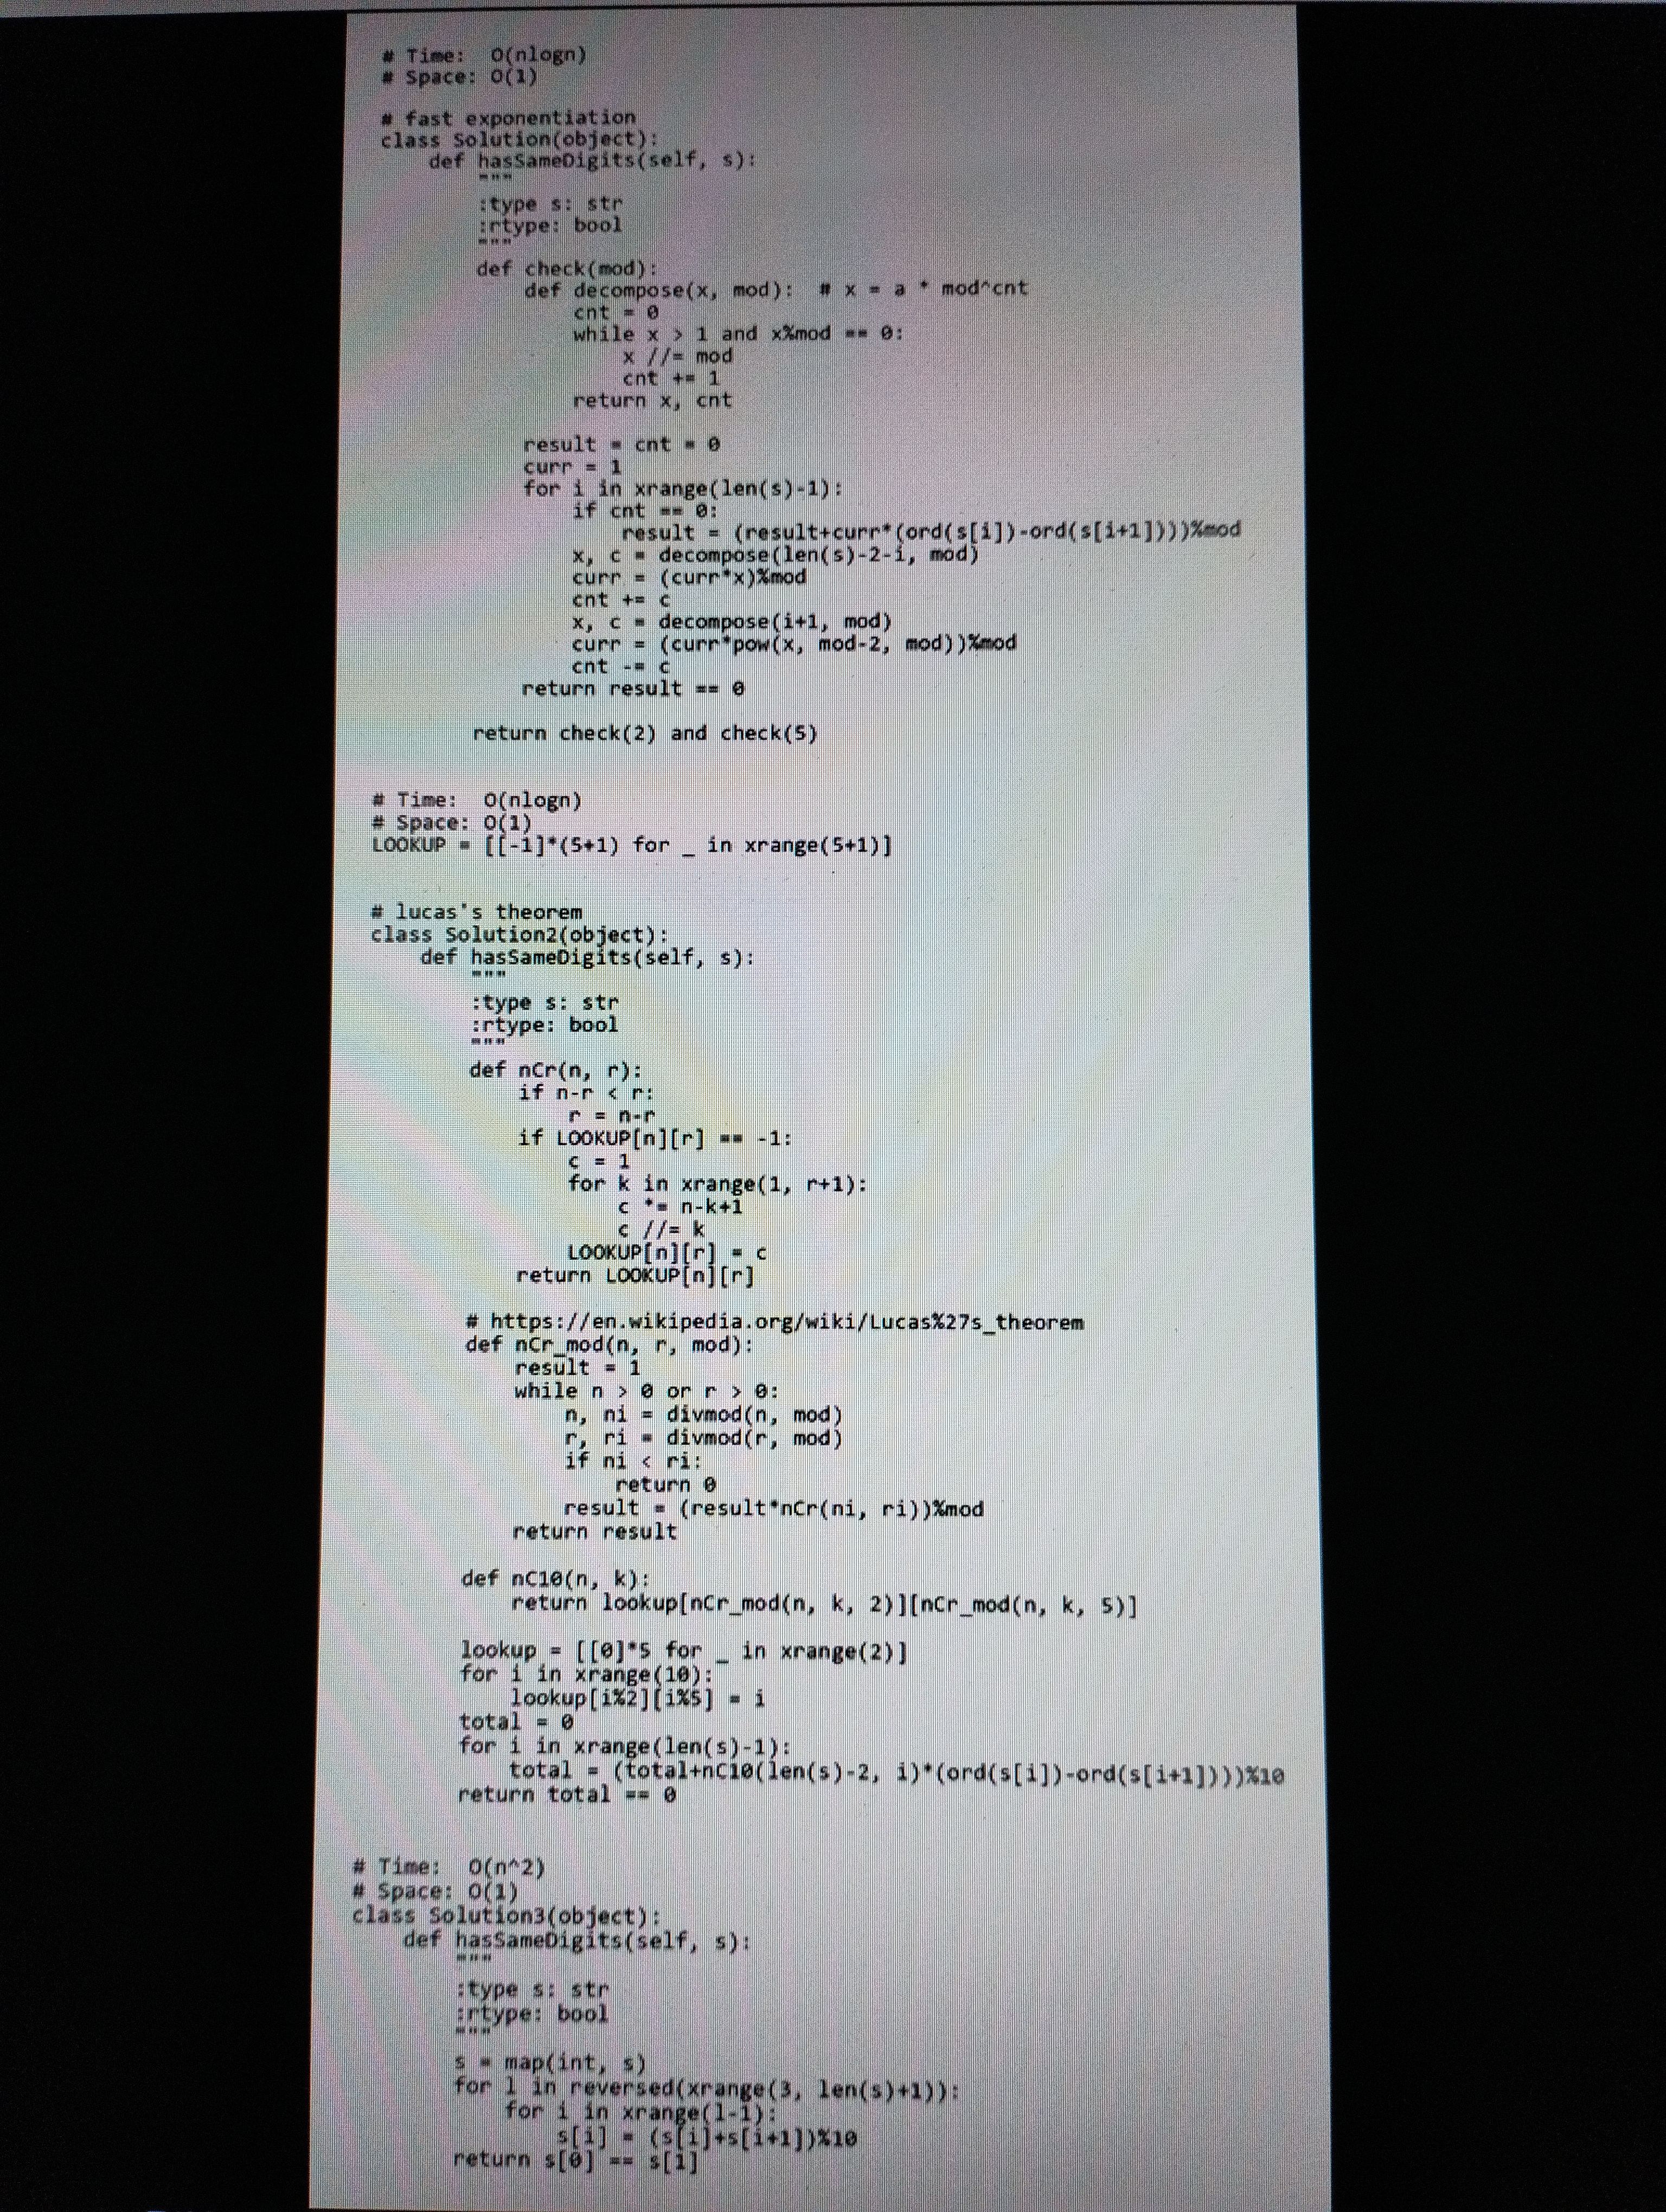
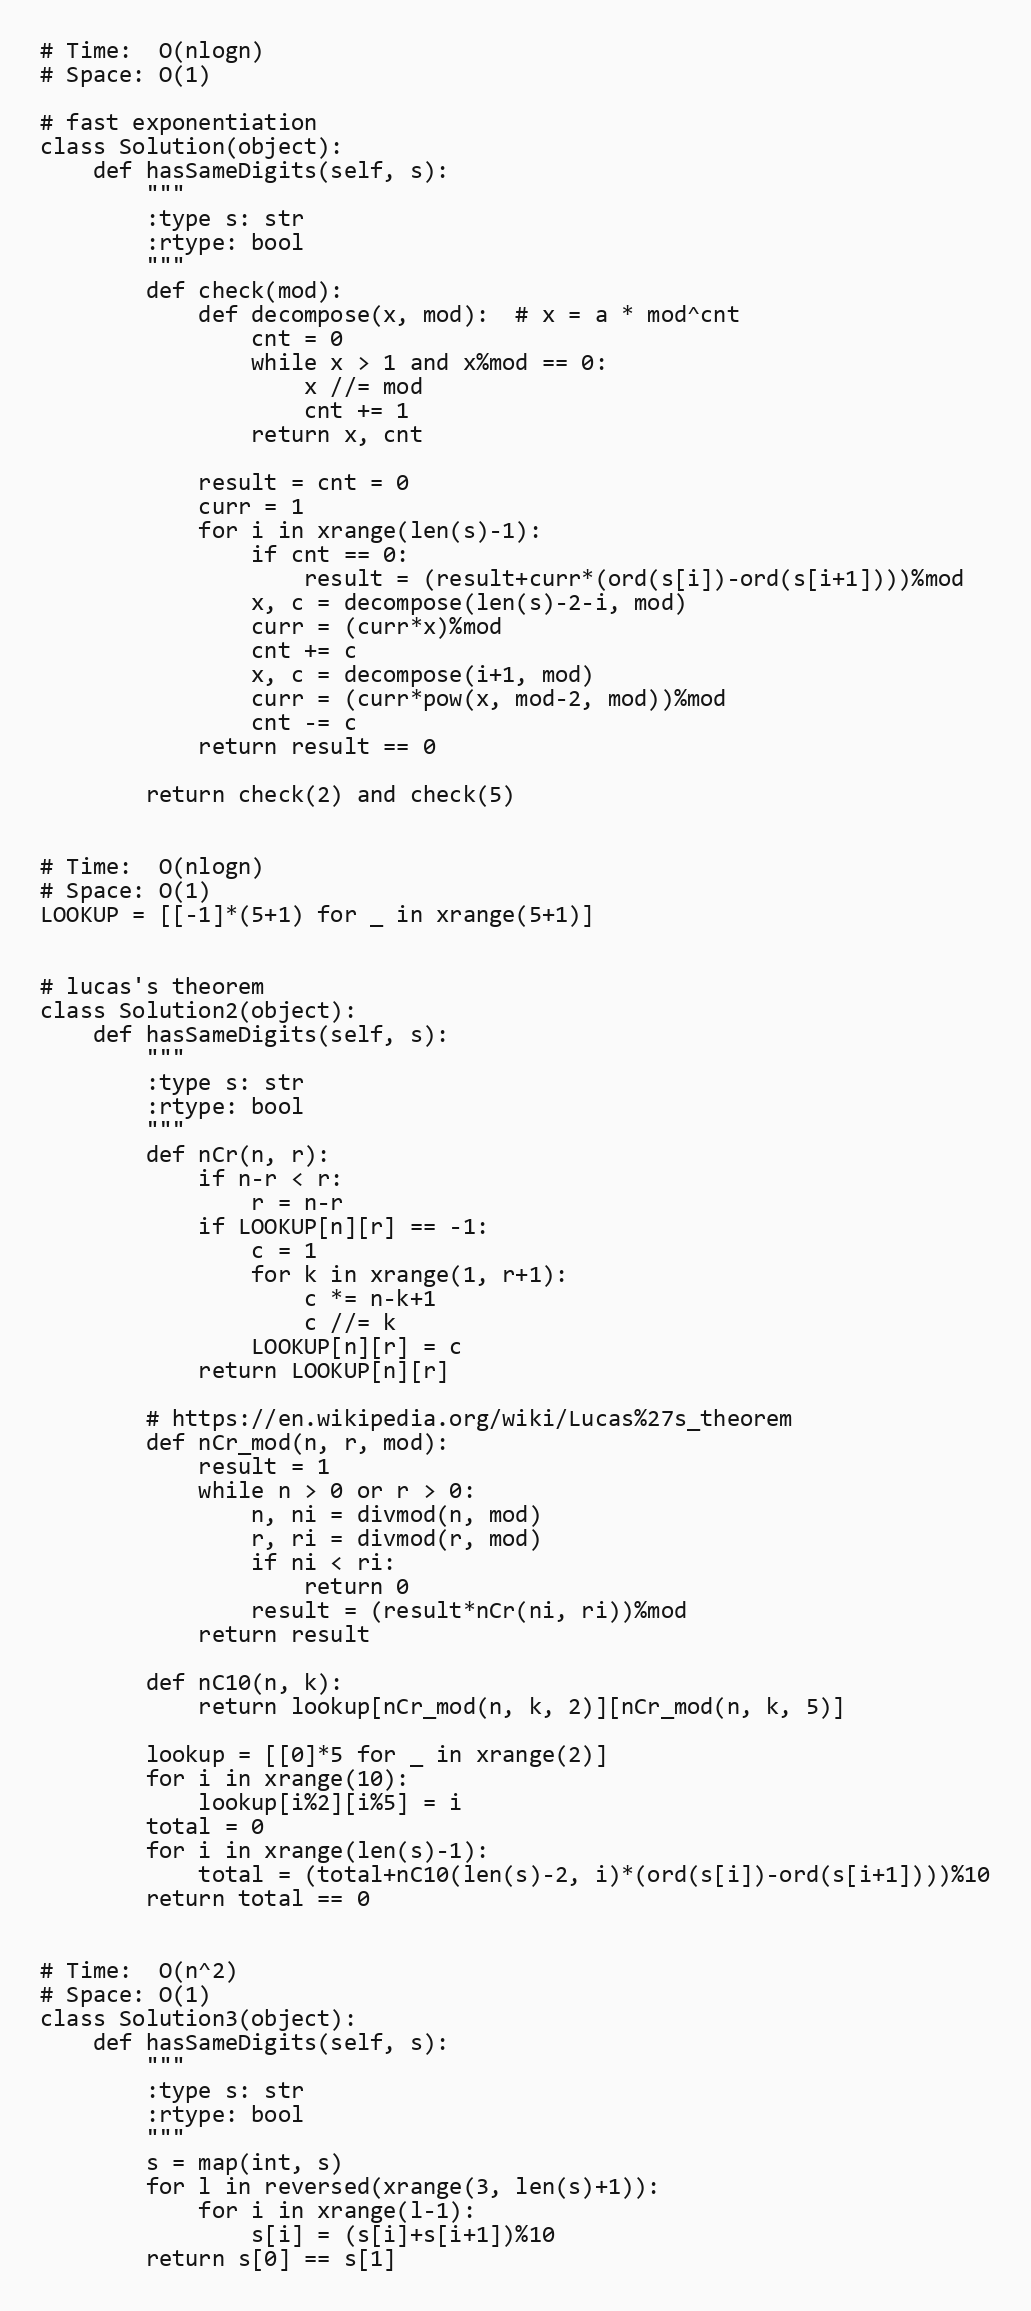
# Time:  O(nlogn)
# Space: O(1)

# fast exponentiation
class Solution(object):
    def hasSameDigits(self, s):
        """
        :type s: str
        :rtype: bool
        """
        def check(mod):
            def decompose(x, mod):  # x = a * mod^cnt
                cnt = 0
                while x > 1 and x%mod == 0:
                    x //= mod
                    cnt += 1
                return x, cnt

            result = cnt = 0
            curr = 1
            for i in xrange(len(s)-1):
                if cnt == 0:
                    result = (result+curr*(ord(s[i])-ord(s[i+1])))%mod
                x, c = decompose(len(s)-2-i, mod)
                curr = (curr*x)%mod
                cnt += c
                x, c = decompose(i+1, mod)
                curr = (curr*pow(x, mod-2, mod))%mod
                cnt -= c
            return result == 0

        return check(2) and check(5)

# Time:  O(nlogn)
# Space: O(1)
LOOKUP = [[-1]*(5+1) for _ in xrange(5+1)]

# lucas's theorem
class Solution2(object):
    def hasSameDigits(self, s):
        """
        :type s: str
        :rtype: bool
        """
        def nCr(n, r):
            if n-r < r:
                r = n-r
            if LOOKUP[n][r] == -1:
                c = 1
                for k in xrange(1, r+1):
                    c *= n-k+1
                    c //= k
                LOOKUP[n][r] = c
            return LOOKUP[n][r]

        # https://en.wikipedia.org/wiki/Lucas%27s_theorem
        def nCr_mod(n, r, mod):
            result = 1
            while n > 0 or r > 0:
                n, ni = divmod(n, mod)
                r, ri = divmod(r, mod)
                if ni < ri:
                    return 0
                result = (result*nCr(ni, ri))%mod
            return result

        def nC10(n, k):
            return lookup[nCr_mod(n, k, 2)][nCr_mod(n, k, 5)]

        lookup = [[0]*5 for _ in xrange(2)]
        for i in xrange(10):
            lookup[i%2][i%5] = i
        total = 0
        for i in xrange(len(s)-1):
            total = (total+nC10(len(s)-2, i)*(ord(s[i])-ord(s[i+1])))%10
        return total == 0

# Time:  O(n^2)
# Space: O(1)
class Solution3(object):
    def hasSameDigits(self, s):
        """
        :type s: str
        :rtype: bool
        """
        s = map(int, s)
        for l in reversed(xrange(3, len(s)+1)):
            for i in xrange(l-1):
                s[i] = (s[i]+s[i+1])%10
        return s[0] == s[1]